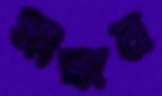
সংস্কার